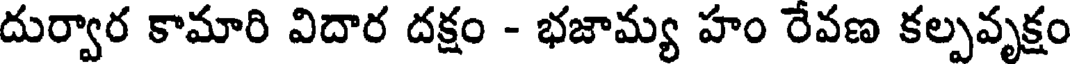
దుర్వార కామారి విదార దక్షం - భజామ్య హం రేవణ కల్పవృక్షం